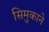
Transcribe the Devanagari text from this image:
सिमुकाने